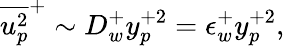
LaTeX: \overline{{u_{p}^{2}}}^{+}\sim D_{w}^{+}y_{p}^{+2}=\epsilon_{w}^{+}y_{p}^{+2},